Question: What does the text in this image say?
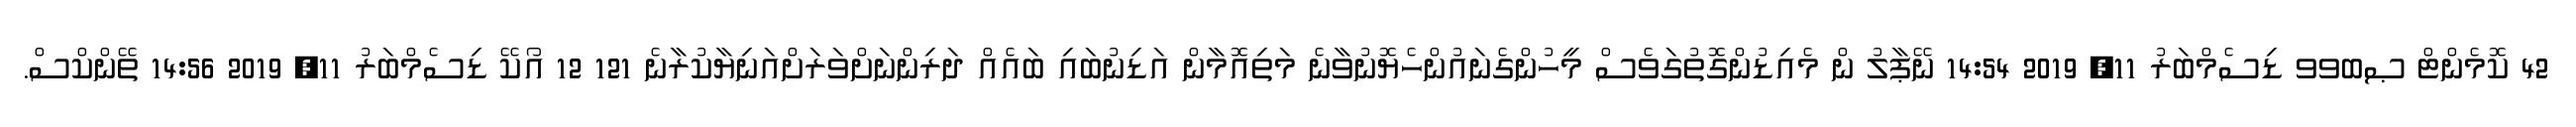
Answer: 42 ކޮމެންޓް ޞބވވ ޑިސެމްބަރު 11, 2019 14:54 ނޭޕާލު ން މެއިޑުންގޮތުގަވެސް މީހުންގެނައުންހެޔޮނުވާނެ މަތިއޮމާން އަޑިނުބައި ބައެއް ދަރިންނަށްވަރަށްއަނިޔާކުރާނެ 121 12 އޯކޭ ޑިސެމްބަރު 11, 2019 14:56 ތޭންކްސް.